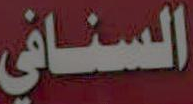
السنافي